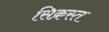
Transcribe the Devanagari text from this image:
सिक्रस्त